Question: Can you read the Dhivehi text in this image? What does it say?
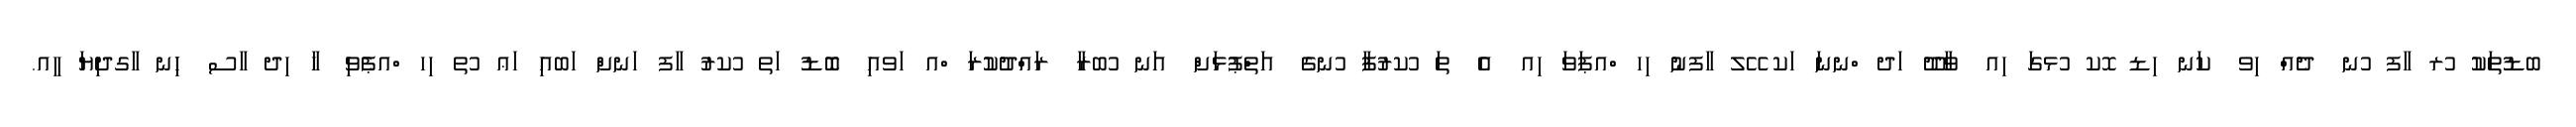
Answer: ބޑުތަކު ުރ ާފ ުނ ދެއް ިވ ކަނ ިޑ ޮކ ުޅގަ ިއ ވާދޫ ަދ ްނނަ ަކ ޭލ ާފނު ިހ ްއޕަވަ ިއ އެ ތަ ުކރުފާ ުނގެ އަތްޕުޅަށް އަނ ުބރާ ރައްދުކުރަ ްއ ަވއި ބޮޑު ަތ ުކރު ާފ ަނށް ަބއި ަޢ ުތ ިހ ްއޕެވި ހާ ިދ ާސ ހިނ ާގދިޔަ ީއ.